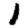
Digit: 1